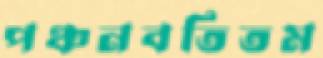
পঞ্চনবতিতম